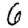
Digit: 6